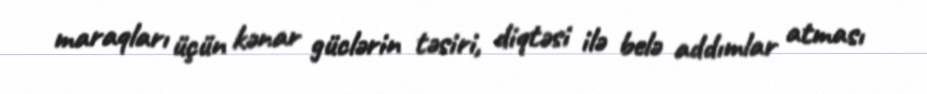
maraqları üçün kənar güclərin təsiri, diqtəsi ilə belə addımlar atması